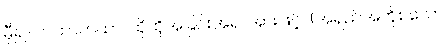
မှီ၍။ တထာတထာ၊ ထိုထိုအခြင်းအရာအားဖြင့်။ (အရှည်အတိုစသော